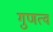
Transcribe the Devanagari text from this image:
गुणत्व